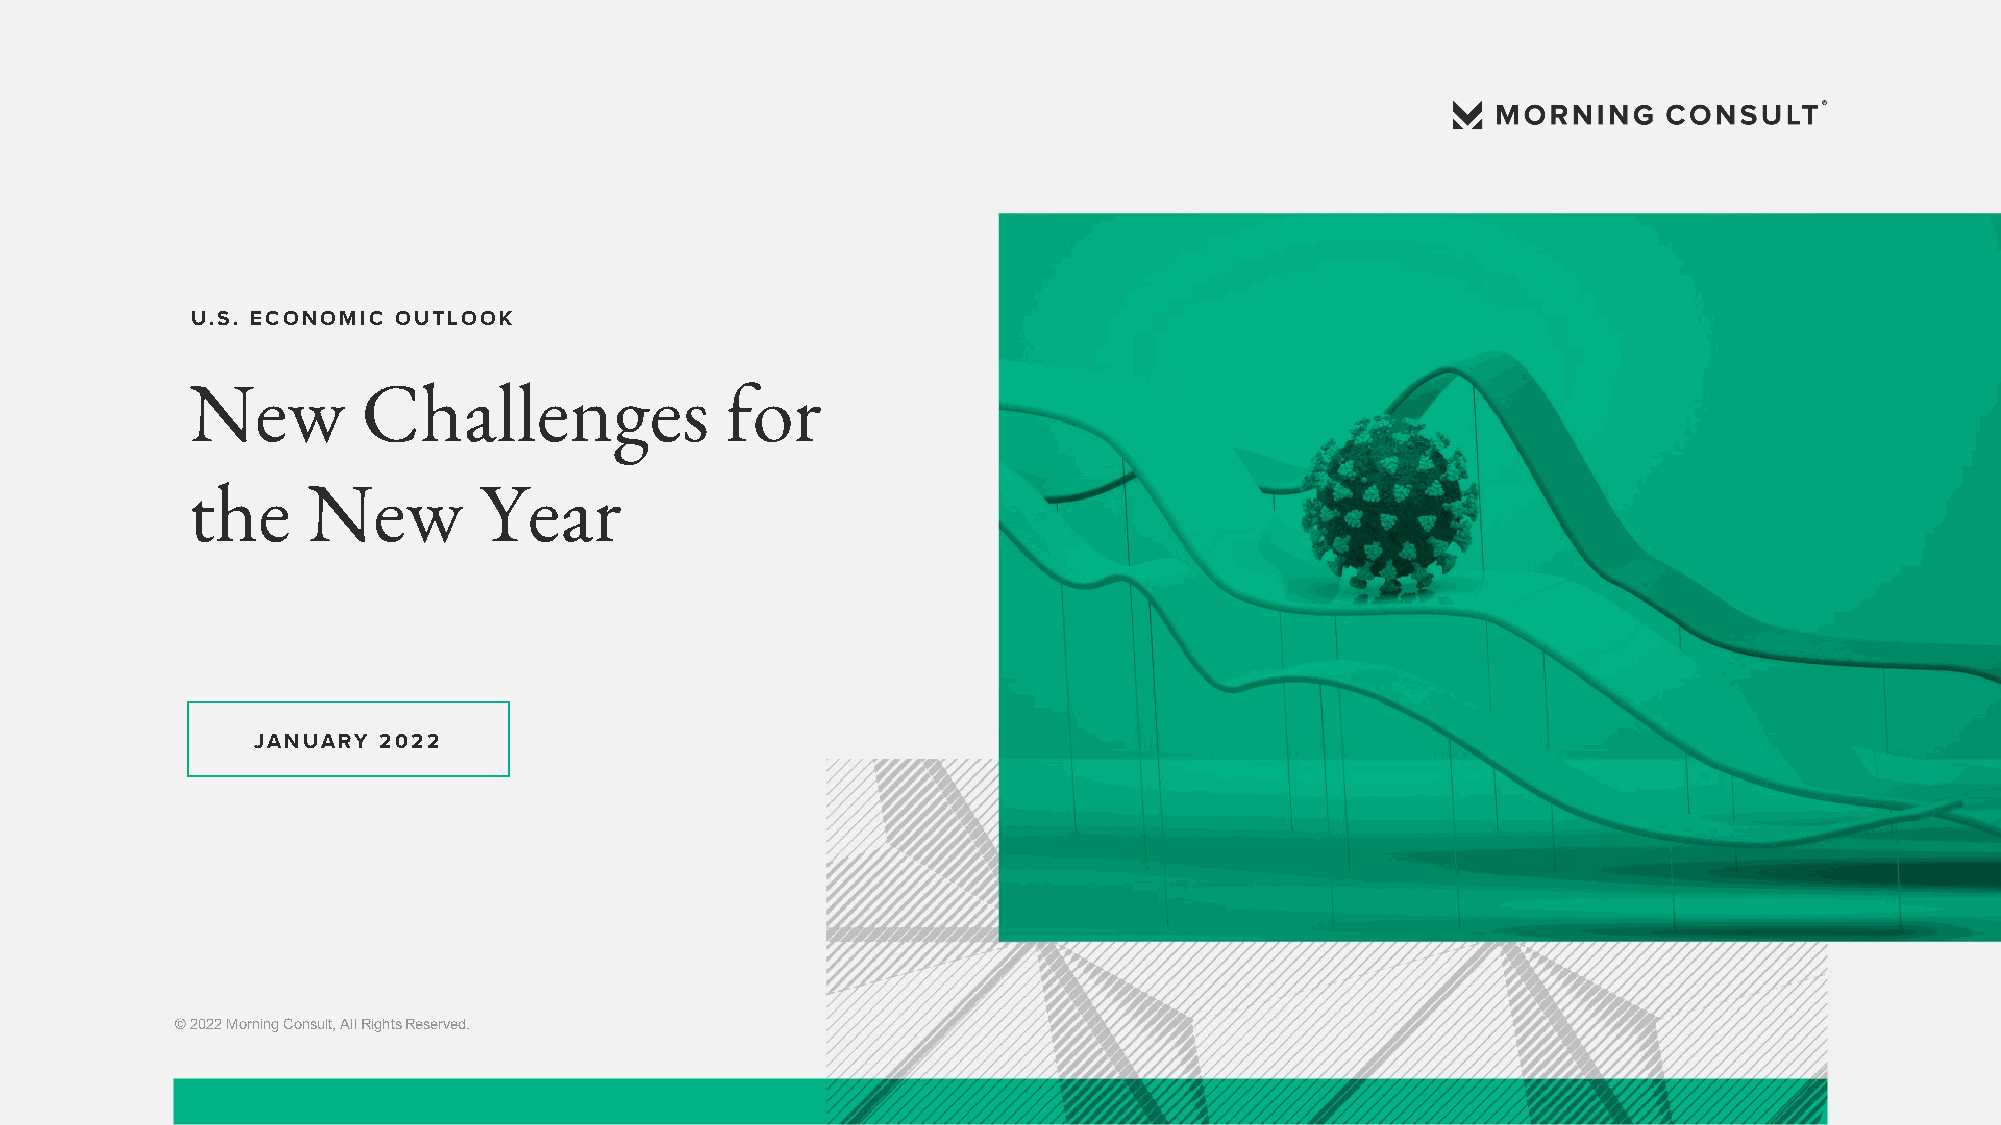
U.S. ECONOMIC OUTLOOK
 New        Challenges              for
 the    New         Year
 JANUARY 2022
 © 2022Morning Consult, All RightsReserved.